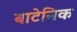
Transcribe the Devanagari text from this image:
बाटेनिक